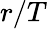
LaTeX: r/T